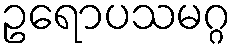
ဥရောပသမဂ္ဂ